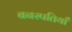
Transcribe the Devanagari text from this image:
बनस्पतियाँ